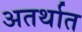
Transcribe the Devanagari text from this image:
अतर्थात